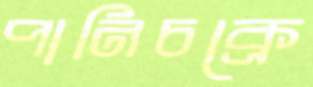
পানিচক্রে